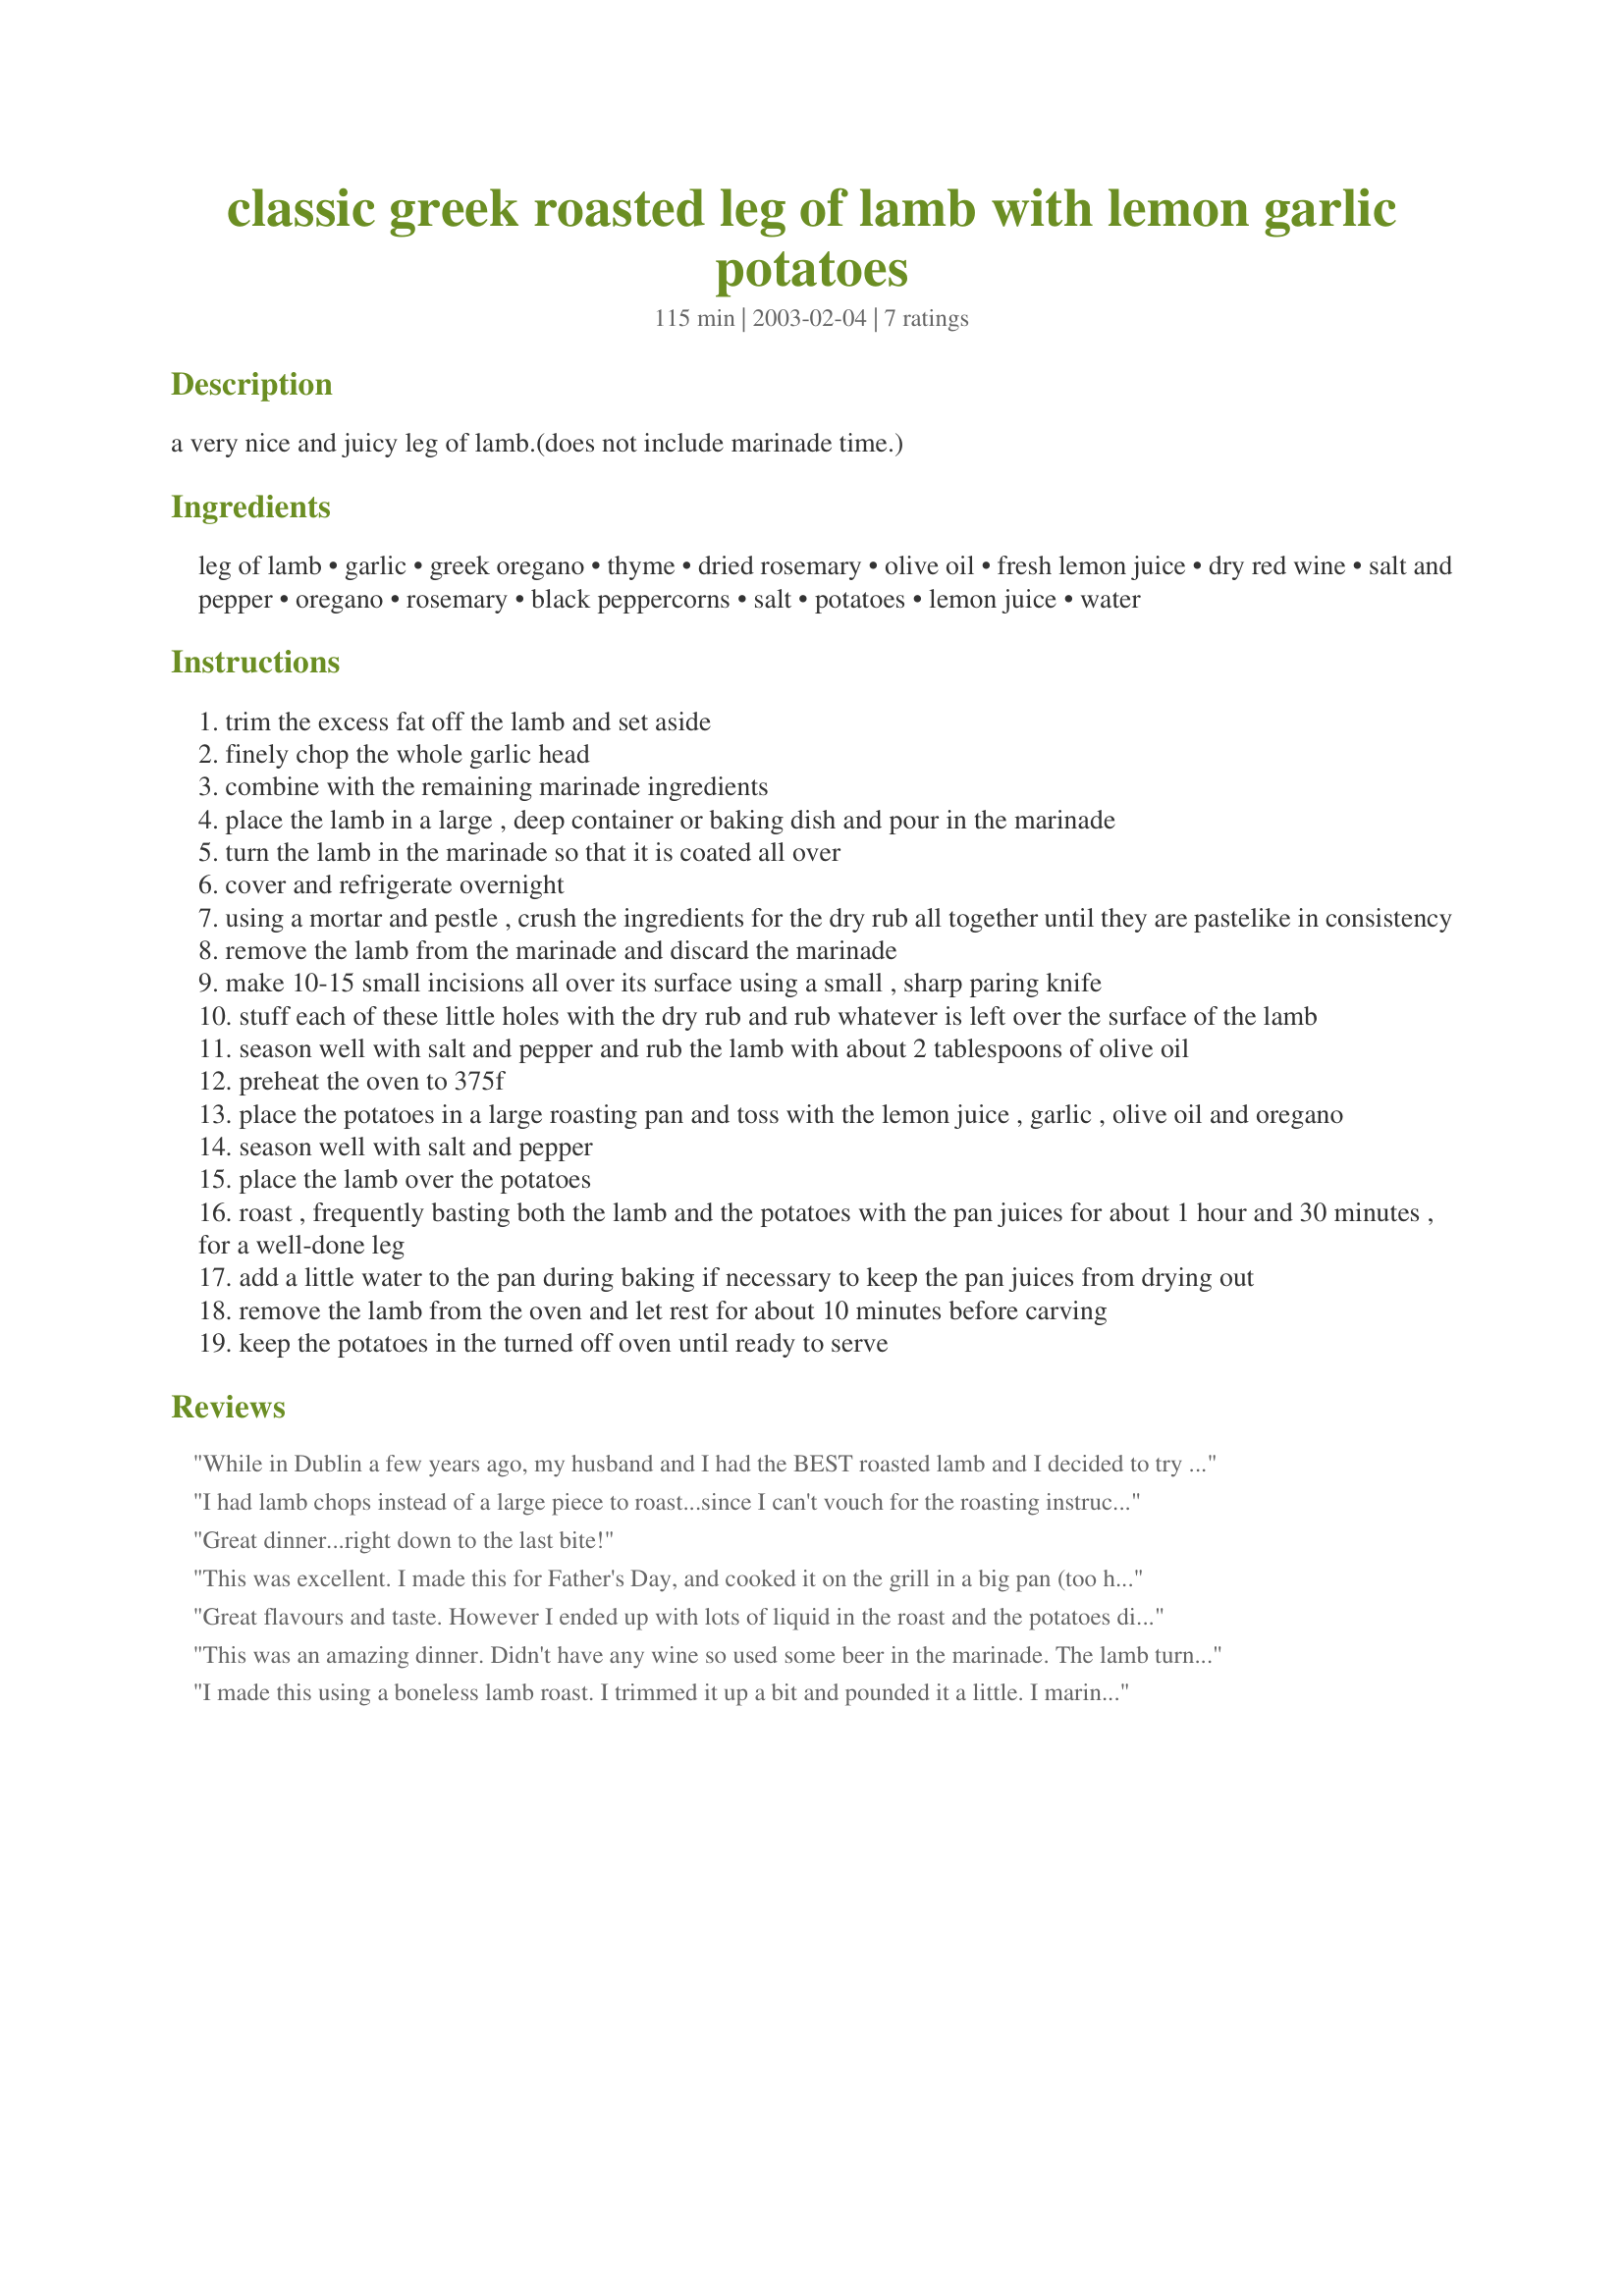
classic greek roasted leg of lamb with lemon garlic potatoes
Preparation time: 115 minutes

a very nice and juicy leg of lamb.(does not include marinade time.)

Ingredients:
leg of lamb, garlic, greek oregano, thyme, dried rosemary, olive oil, fresh lemon juice, dry red wine, salt and pepper, oregano, rosemary, black peppercorns, salt, potatoes, lemon juice, water

Steps:
trim the excess fat off the lamb and set aside
finely chop the whole garlic head
combine with the remaining marinade ingredients
place the lamb in a large , deep container or baking dish and pour in the marinade
turn the lamb in the marinade so that it is coated all over
cover and refrigerate overnight
using a mortar and pestle , crush the ingredients for the dry rub all together until they are pastelike in consistency
remove the lamb from the marinade and discard the marinade
make 10-15 small incisions all over its surface using a small , sharp paring knife
stuff each of these little holes with the dry rub and rub whatever is left over the surface of the lamb
season well with salt and pepper and rub the lamb with about 2 tablespoons of olive oil
preheat the oven to 375f
place the potatoes in a large roasting pan and toss with the lemon juice , garlic , olive oil and oregano
season well with salt and pepper
place the lamb over the potatoes
roast , frequently basting both the lamb and the potatoes with the pan juices for about 1 hour and 30 minutes , for a well-done leg
add a little water to the pan during baking if necessary to keep the pan juices from drying out
remove the lamb from the oven and let rest for about 10 minutes before carving
keep the potatoes in the turned off oven until ready to serve

Reviews:
While in Dublin a few years ago, my husband and I had the BEST roasted lamb and I decided to try to find a recipe that could come close to that.

I was out of rosemary, so for the lamb rub, I added 2 tbs. olive oil, 3 tbs. minced garlic, salt & pepper to taste and 6 tbs. of McCormick's Garlic & Herb Seasoning. We used a roaster for an hour and a half (instead of oven) and it came out perfect!! This recipe is a keeper.
Thanks for posting!
I had lamb chops instead of a large piece to roast...since I can't vouch for the roasting instructions I'm commenting w/o stars for now (but will definitely be using this recipe for leg of lamb in the future and will review it fully then). I used the marinade and some of the rub, though, on the chops before I broiled them and it was *wonderful*...definitely classic Greek style. Can't wait to try the full roast! Ev Charisto, Poppy!
Great dinner...right down to the last bite!
This was excellent. I made this for Father's Day, and cooked it on the grill in a big pan (too hot to heat up the kitchen!) Everyone loved it. The meat was tender and flavorful, the potatoes were crisp on the outside, and tender on the inside.
Great flavours and taste. However I ended up with lots of liquid in the roast and the potatoes did not crisp. Of course, this is the first time I have cooked lamb. Maybe I should know more about it.
This was an amazing dinner. Didn't have any wine so used some beer in the marinade. The lamb turned out so tender and flavourable and the potatoes had the exact lemon flavour we were looking for (added some zest of the lemon to the potatoe mixture) Will definitely be making this one again!! Thanks for posting.
I made this using a boneless lamb roast. I trimmed it up a bit and pounded it a little. I marinated it overnight and spread the rub inside and on the outside. Rolled it up and cooked it on the rotisserie/bbq. It was delicious! Thank you.
